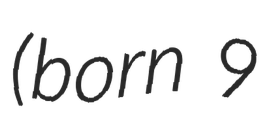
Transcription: (born 9